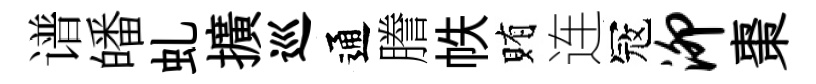
谱皤虬擴巡通謄帙賄连冦泖棗